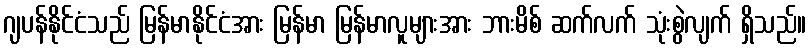
ဂျပန်နိုင်ငံသည် မြန်မာနိုင်ငံအား မြန်မာ မြန်မာလူများအား ဘားမိစ် ဆက်လက် သုံးစွဲလျက် ရှိသည်။